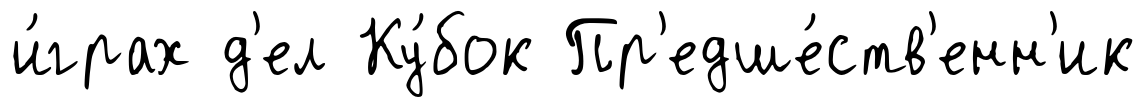
и́грах д'ел Ку́бок Пр'едше́ств'енн'ик